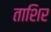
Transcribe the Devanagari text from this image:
ताशिर